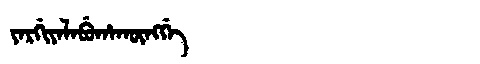
Manchu: ᠶᠠᡵᡤᡳᠶᠠᠯᠠᠪᡠᡥᠠᡴᡡᠩᡤᡝ
Romanization: YARGIYALABUHAKŪNGGE